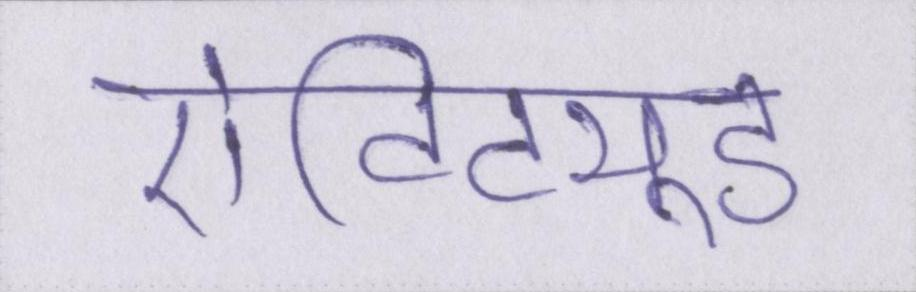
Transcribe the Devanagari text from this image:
ऐटिट्यूड